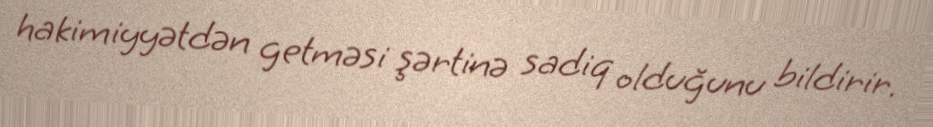
hakimiyyətdən getməsi şərtinə sadiq olduğunu bildirir.